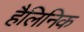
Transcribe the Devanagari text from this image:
हैलिनिक